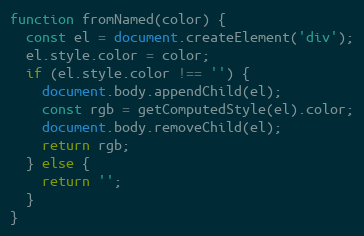
Language: JavaScript
function fromNamed(color) {
  const el = document.createElement('div');
  el.style.color = color;
  if (el.style.color !== '') {
    document.body.appendChild(el);
    const rgb = getComputedStyle(el).color;
    document.body.removeChild(el);
    return rgb;
  } else {
    return '';
  }
}